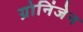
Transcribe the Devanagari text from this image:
ग्रोनिंजेन